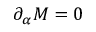
\partial _ { \alpha } { \cal M } = 0